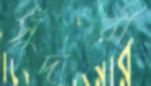
সুঁদরী